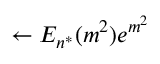
\leftarrow E _ { n ^ { * } } ( m ^ { 2 } ) e ^ { m ^ { 2 } }